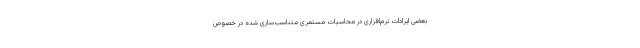
بعضی ایرادات نرم‌افزاری در محاسبات مستمری متناسب‌سازی شده در خصوص